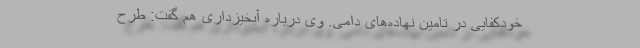
خودکفایی در تامین نهاده‌های دامی. وی درباره آبخیزداری هم گفت: طرح